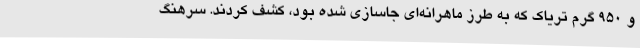
و 950 گرم تریاک که به طرز ماهرانه‌ای جاسازی شده بود، کشف کردند. سرهنگ